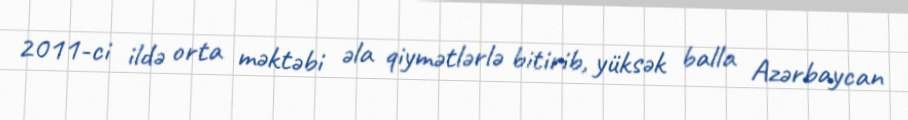
2011-ci ildə orta məktəbi əla qiymətlərlə bitirib, yüksək balla Azərbaycan